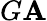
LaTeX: G\mathbf{A}